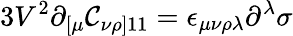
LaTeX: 3V^{2}\partial_{[\mu}\mathcal{C}_{\nu\rho]11}=\epsilon_{\mu\nu\rho\lambda}\partial^{\lambda}\sigma